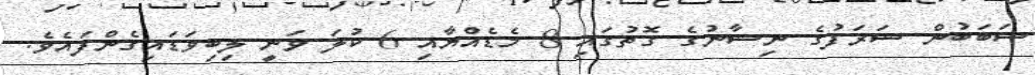
ސަބަބުން ޝަރަފުގެ ނިޝާނުގެ ގޮތުގައި 8 މެޑެއްޔާއި 6 ކުލަ ވަނީ ލިބިވަޑައިގެންފައެވެ.